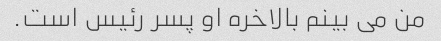
من می بینم بالاخره او پسر رئیس است.